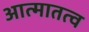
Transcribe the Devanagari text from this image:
आत्मातत्व